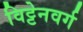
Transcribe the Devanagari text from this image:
विट्टेनवर्ग